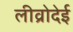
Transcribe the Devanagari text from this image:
लीव्रोदेई